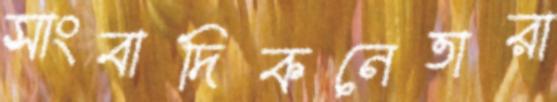
সাংবাদিকনেতারা